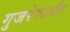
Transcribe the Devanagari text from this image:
गुजरेगाऔर